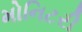
મોનિટરી